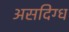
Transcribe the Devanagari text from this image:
असदिग्ध